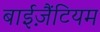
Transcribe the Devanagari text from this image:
बाईज़ैंटियम